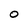
Character: O